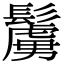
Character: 𩯜